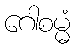
ဂေါစမ္မံ